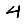
Digit: 4